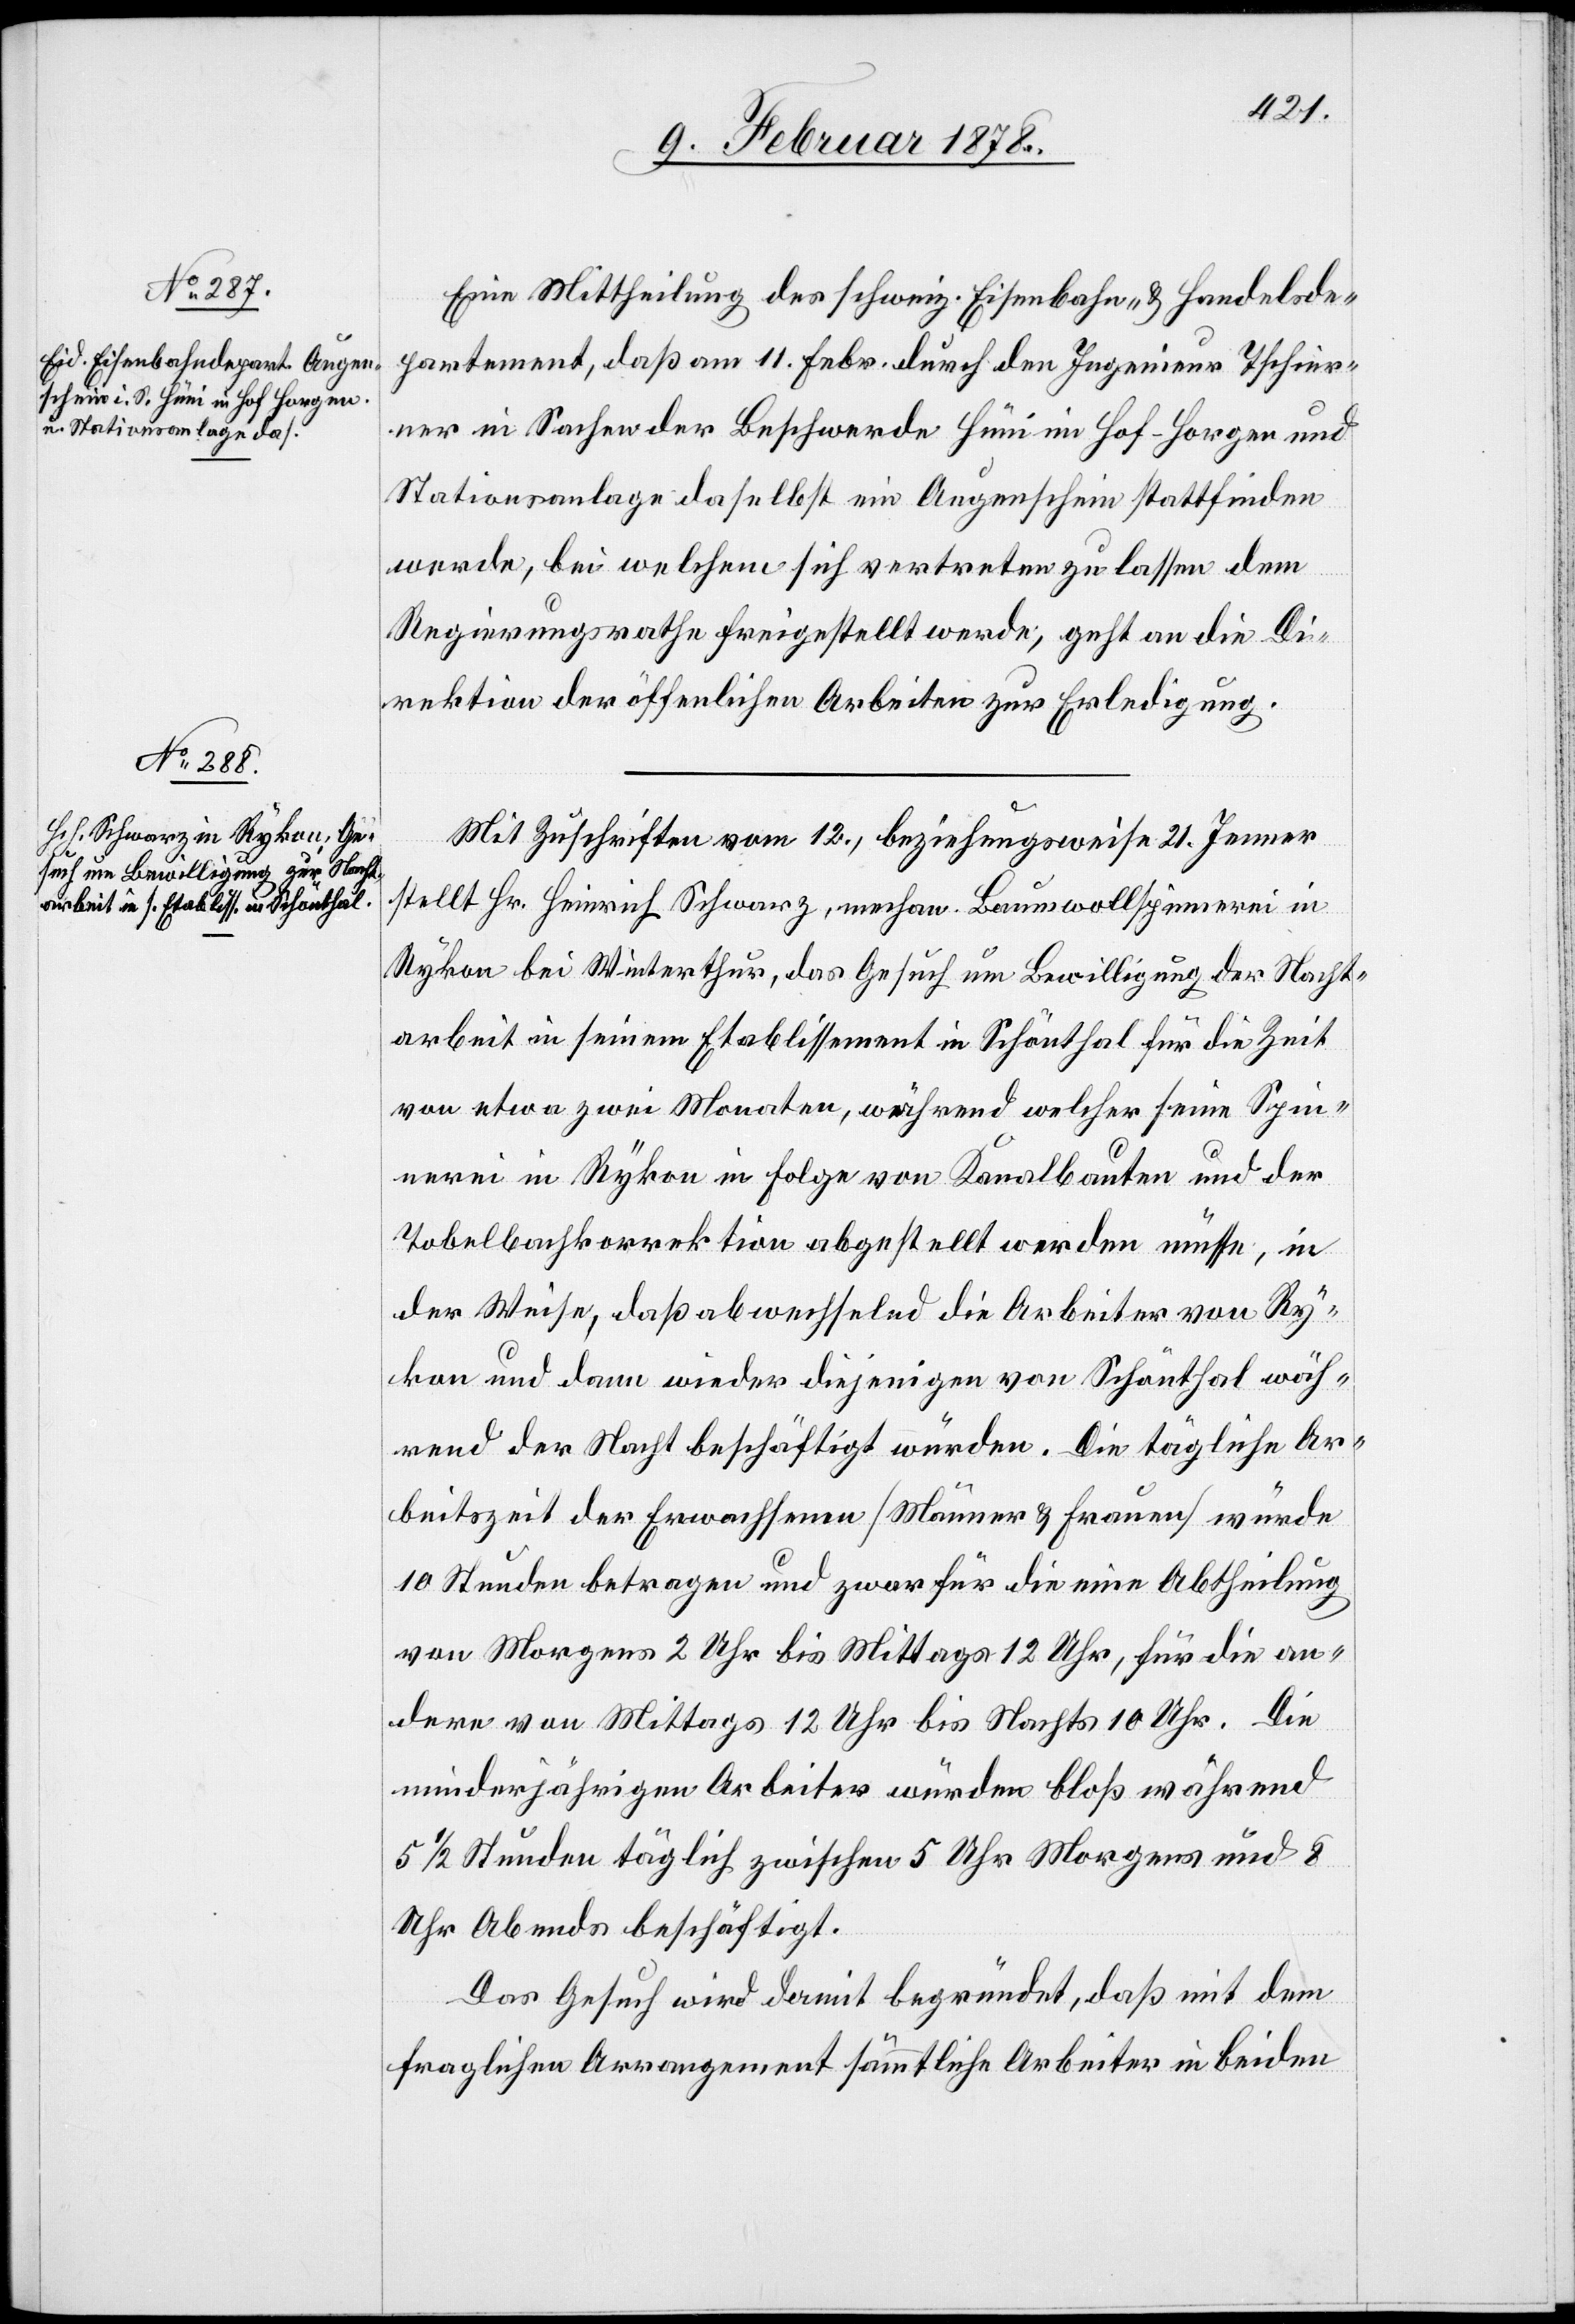
Eine Mittheilung des schweiz. Eisenbahn- & Handelsde¬
partement, daß am 11. Febr. durch den Ingenieur Tschier¬
ner in Sachen der Beschwerde Hüni im Hof - Horgen und
Stationsanlage daselbst ein Augenschein stattfinden
werde, bei welchem sich vertreten zu lassen dem
Regierungsrathe freigestellt werde; geht an die Di¬
rektion der öffentlichen Arbeiten zur Erledigung.
Mit Zuschriften vom 12., beziehungsweise 21. Jenner
stellt Hr. Heinrich Schwarz, mechan. Baumwollspinnerei in
Rykon bei Winterthur, das Gesuch um Bewilligung der Nacht¬
arbeit in seinem Etablissement in Schönthal für die Zeit
von etwa zwei Monaten, während welcher seine Spin¬
nerei in Rykon in Folge von Kanalbauten und der
Tobelbachkorrektion abgestellt werden müsse, in
der Weise, daß abwechselnd die Arbeiter von Ry¬
kon und dann wieder diejenigen von Schönthal wäh¬
rend der Nacht beschäftigt würden. Die tägliche Ar¬
beitszeit der Erwachsenen [Männer & Frauen] würde
10 Stunden betragen und zwar für die eine Abtheilung
von Morgens 2 Uhr bis Mittags 12 Uhr, für die an¬
dere von Mittags 12 Uhr bis Nachts 10 Uhr. Die
minderjährigen Arbeiter würden bloß während
5 1/2 Stunden täglich zwischen 5 Uhr Morgens und 8
Uhr Abends beschäftigt.
Das Gesuch wird damit begründet, daß mit dem
fraglichen Arrangement sämmtliche Arbeiter in beiden